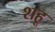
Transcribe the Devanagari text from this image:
शहू